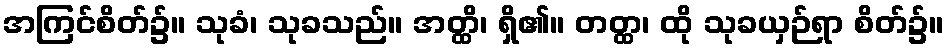
အကြင်စိတ်၌။ သုခံ၊ သုခသည်။ အတ္ထိ၊ ရှိ၏။ တတ္ထ၊ ထို သုခယှဉ်ရာ စိတ်၌။